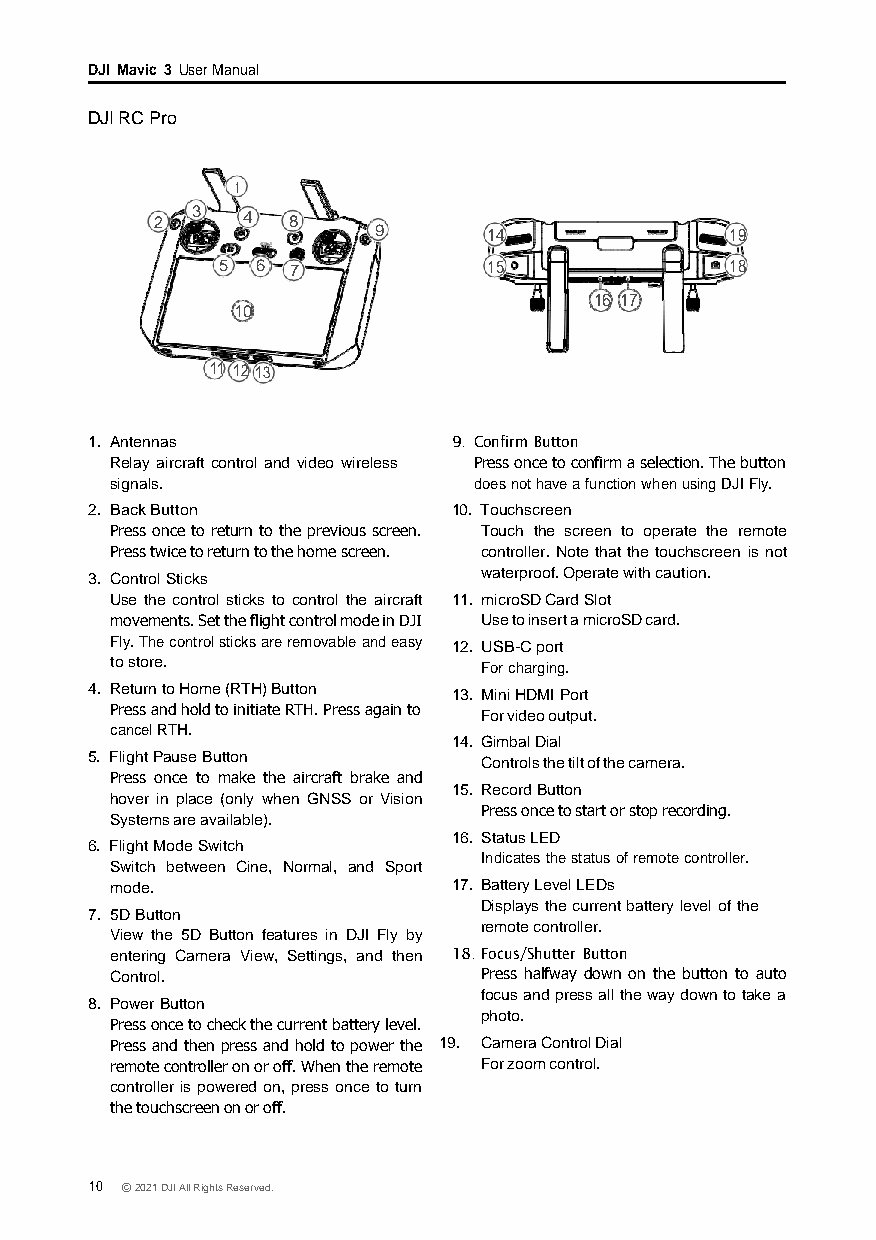
DJI Mavic 3 User Manual
 DJI RC Pro
 1
 2  3  4  8
 9      14              19
 5  6 7            15              18
 16 17
 10
 11 12 13
 1. Antennas             9. Confirm Button
 Relay aircraft control and video wireless Press once to confirm a selection. The button
 signals.                does not have a function when using DJI Fly.
 2. Back Button          10. Touchscreen
 Press once to return to the previous screen. Touch the screen to operate the remote
 Press twice to return to the home screen. controller. Note that the touchscreen is not
 3. Control Sticks         waterproof. Operate with caution.
 Use the control sticks to control the aircraft 11. microSD Card Slot
 movements. Set the flight control mode in DJI Use to insert a microSD card.
 Fly. The control sticks are removable and easy 12. USB-C port
 to store.                For charging.
 4. Return to Home (RTH) Button 13. Mini HDMI Port
 Press and hold to initiate RTH. Press again to For video output.
 cancel RTH.
 14. Gimbal Dial
 5. Flight Pause Button    Controls the tilt of the camera.
 Press once to make the aircraft brake and
 15. Record Button
 hover in place (only when GNSS or Vision
 Press once to start or stop recording.
 Systems are available).
 16. Status LED
 6. Flight Mode Switch
 Indicates the status of remote controller.
 Switch between Cine, Normal, and Sport
 mode.                  17. Battery Level LEDs
 Displays the current battery level of the
 7. 5D Button
 remote controller.
 View the 5D Button features in DJI Fly by
 entering Camera View, Settings, and then 18. Focus/Shutter Button
 Control.                 Press halfway down on the button to auto
 focus and press all the way down to take a
 8. Power Button
 photo.
 Press once to check the current battery level.
 Press and then press and hold to power the 19. Camera Control Dial
 remote controller on or off. When the remote For zoom control.
 controller is powered on, press once to turn
 the touchscreen on or off.
 10 © 2021 DJI All Rights Reserved.